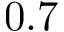
0 . 7